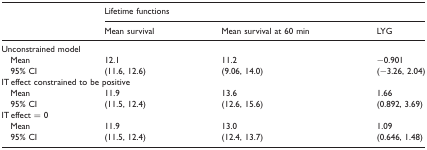
|  | <COLSPAN=3> Lifetime functions |
 |  | Mean survival | Mean survival at 60 min | LYG |
 | --- | --- | --- | --- |
 | <COLSPAN=4> Unconstrained model |
 | Mean | 12.1 | 11.2 | −0.901 |
 | 95% CI | (11.6, 12.6) | (9.06, 14.0) | (−3.26, 2.04) |
 | <COLSPAN=4> IT effect constrained to be positive |
 | Mean | 11.9 | 13.6 | 1.66 |
 | 95% CI | (11.5, 12.4) | (12.6, 15.6) | (0.892, 3.69) |
 | <COLSPAN=4> IT effect = 0 |
 | Mean | 11.9 | 13.0 | 1.09 |
 | 95% CI | (11.5, 12.4) | (12.4, 13.7) | (0.646, 1.48) |